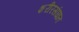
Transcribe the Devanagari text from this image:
शरीरसंघात